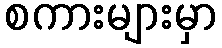
စကားများမှာ